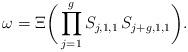
LaTeX: \begin{align*} \omega = \Xi \biggl( {} \prod_{j=1}^{g} S_{j,1,1} \, S_{j+g,1,1} \biggr). \end{align*}